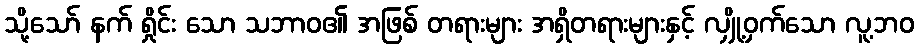
သို့သော် နက် ရှိုင်း သော သဘာဝ၏ အဖြစ် တရားများ အရှိတရားများနှင့် လျှို့ဝှက်သော လူ့ဘဝ